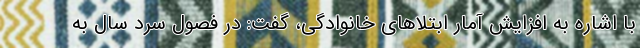
با اشاره به افزایش آمار ابتلاهای خانوادگی، گفت: در فصول سرد سال به